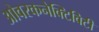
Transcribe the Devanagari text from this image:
ओवरकनेक्टिविटी